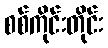
စစ်ကိုင်းတိုင်း